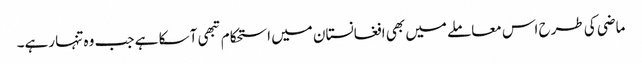
ماضی کی طرح اس معاملے میں بھی افغانستان میں استحکام تبھی آ سکا ہے جب وہ تنہا رہے۔